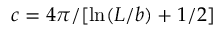
c = 4 \pi / [ \ln ( L / b ) + 1 / 2 ]